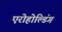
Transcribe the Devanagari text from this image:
एरोहोल्डिंग